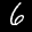
Label: 6